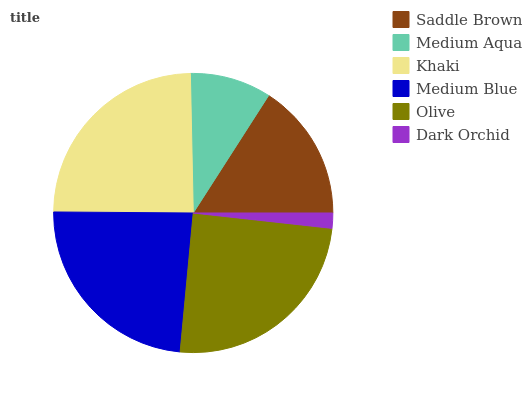
| Saddle Brown | Medium Aqua | Khaki | Medium Blue | Olive | Dark Orchid |
 | --- | --- | --- | --- | --- | --- |
 | 15.9% | 9.42% | 24.6% | 23.6% | 24.7% | 1.75% |